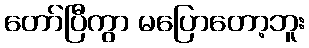
တော်ပြီကွာ မပြောတော့ဘူး